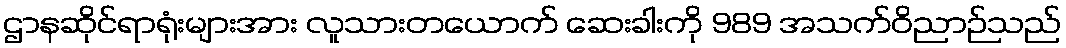
ဌာနဆိုင်ရာရုံးများအား လူသားတယောက် ဆေးခါးကို 989 အသက်ဝိညာဉ်သည်